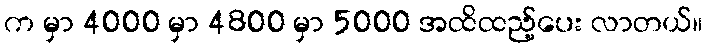
က မှာ 4000 မှာ 4800 မှာ 5000 အထိထည့်ပေး လာတယ်။